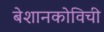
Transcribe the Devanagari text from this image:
बेशानकोविची